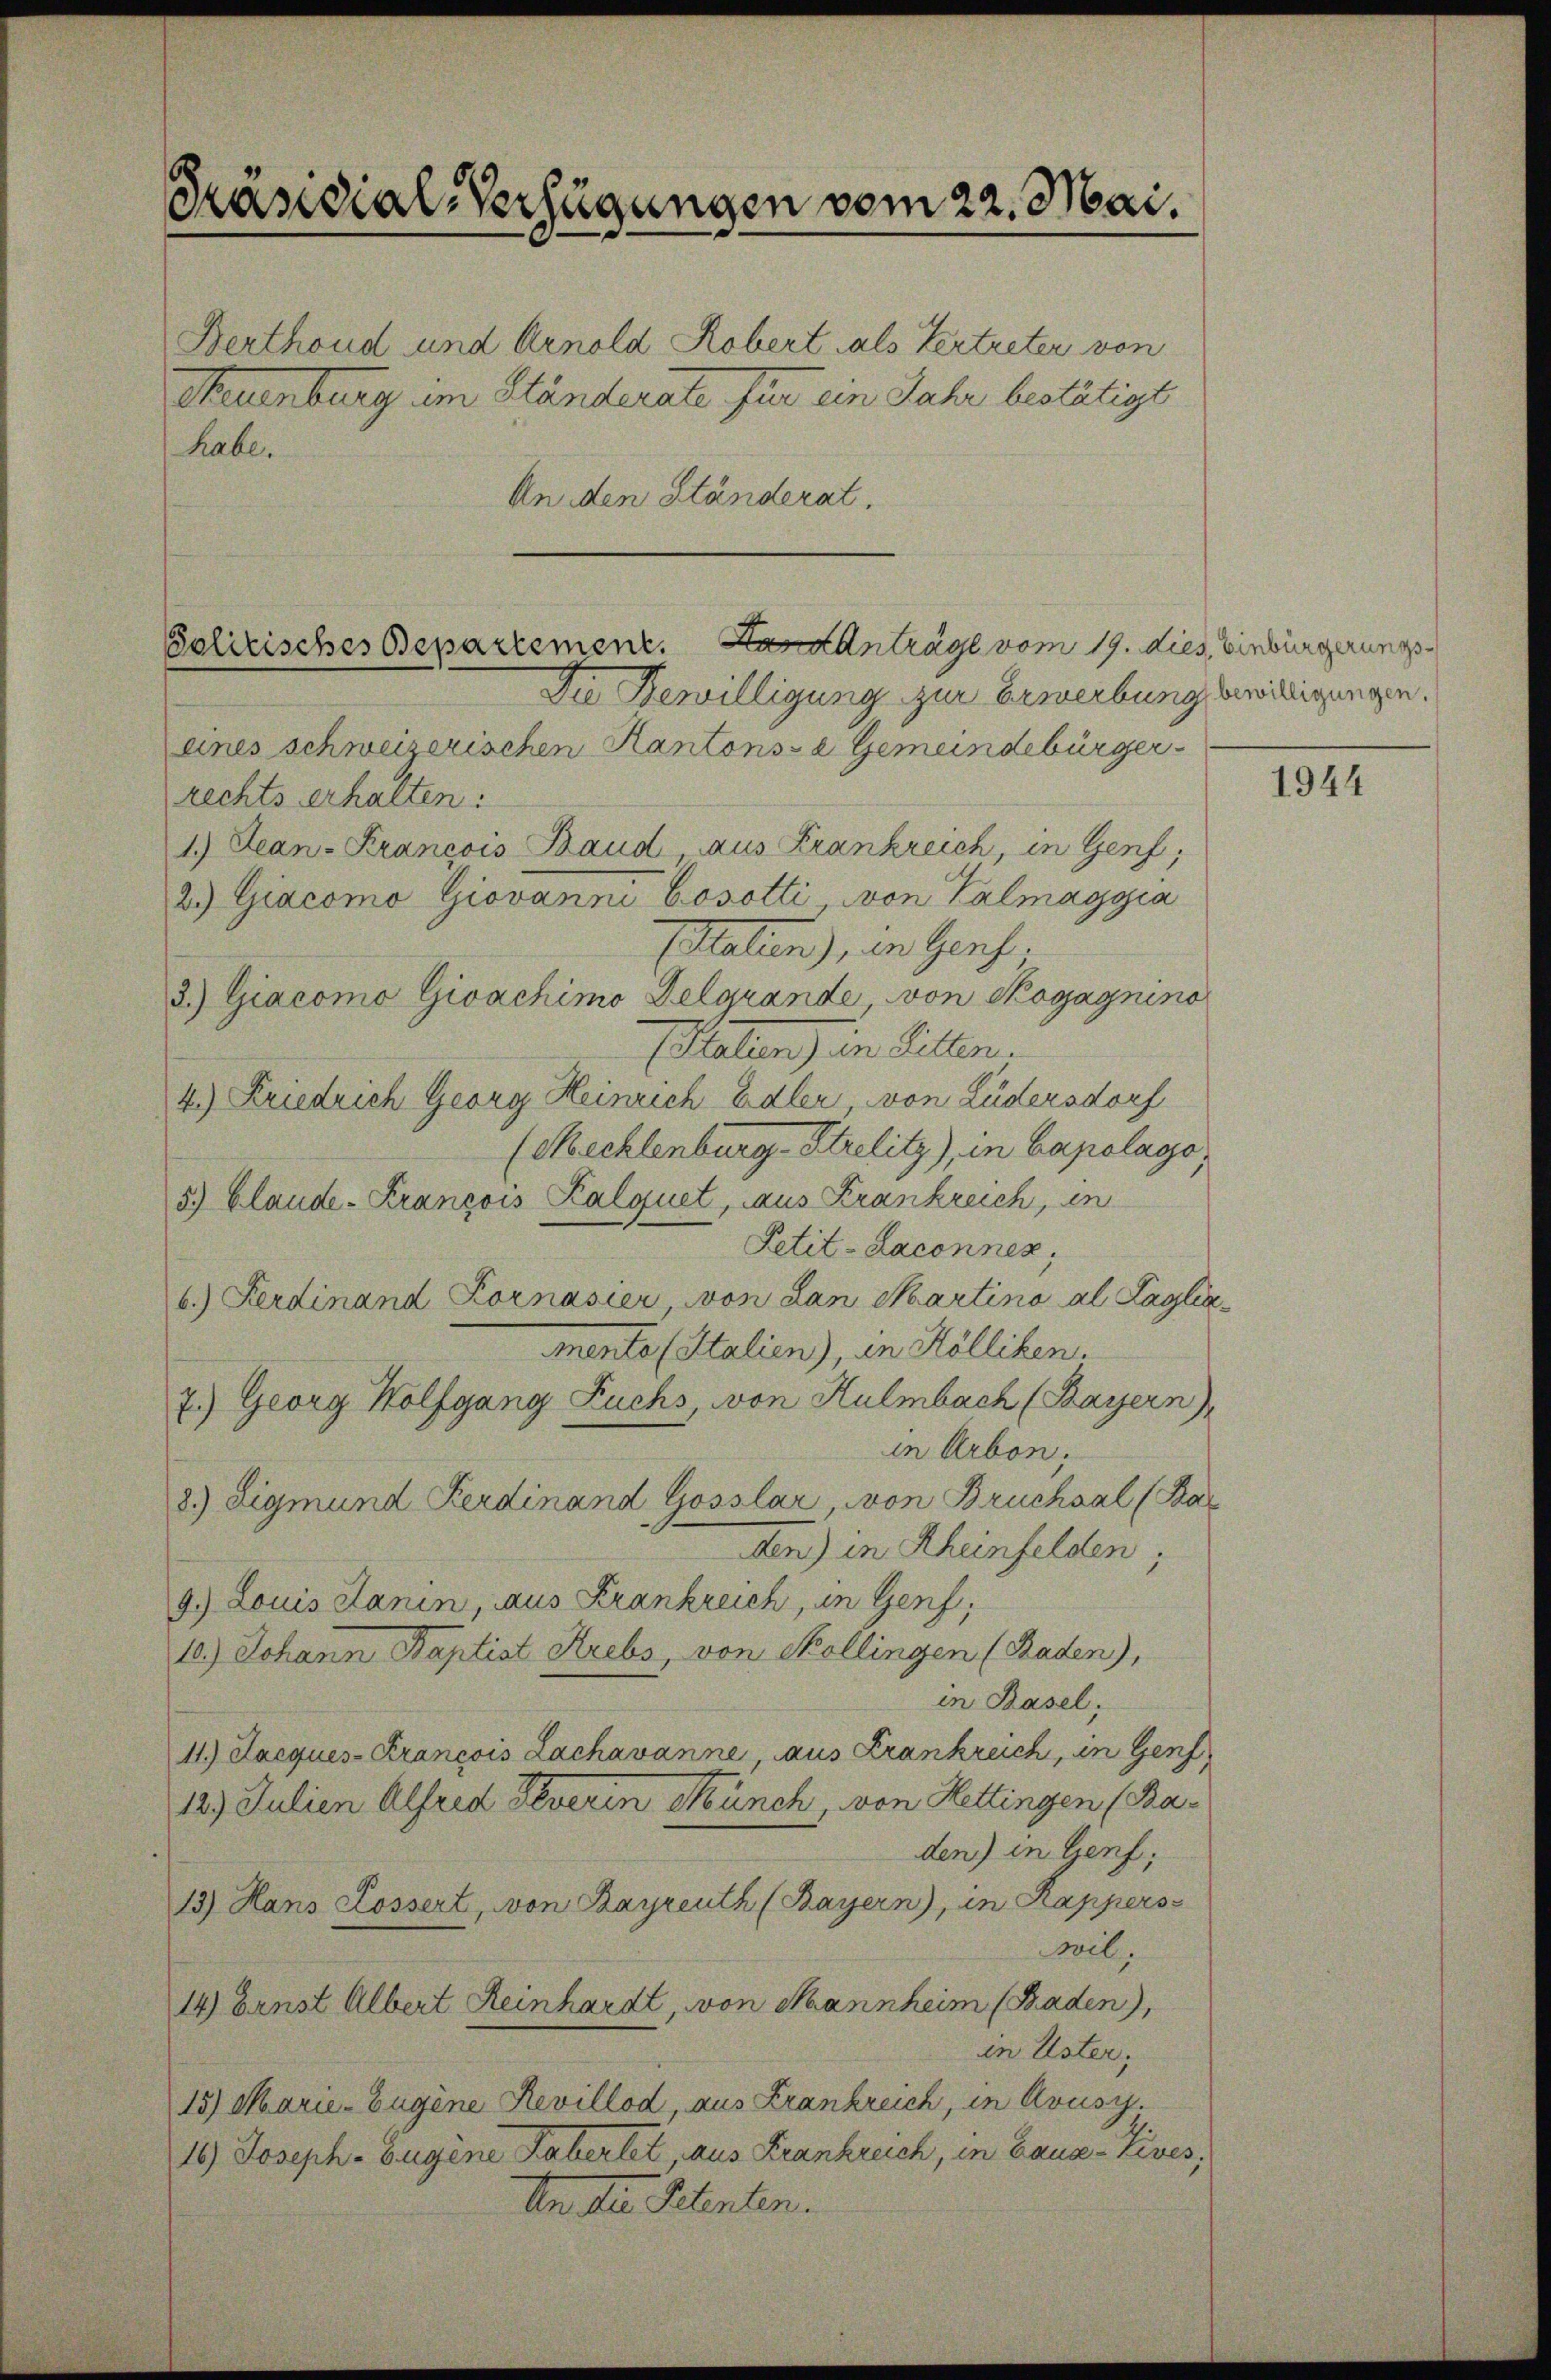
Präsidial-Verfügungen vom 22. Mai.

Berthoud und Arnold Robert als Vertreter von
Neuenburg im Ständerate für ein Jahr bestätigt
habe.
An den Ständerat.

Solirisches Departement. Anträge vom 19. dies, Einbürgerungs¬

Die Bewilligung zur Erwerbungsbewilligungen.
eines schweizerischen Kantons- & Gemeindebürgerrechts erhalten:
1.) Lean-Krancois Band aus Frankreich, in Genf,
2.) Giacomo Giovanni Cosotti von Valmaggia
Italien), der Sprach,
3.) Giacomo Givachimo Delgrande, von Rogagnino
(Italien) in Sitten.
4.) Friedrich Georg Heinrich Edler, von Lüdersdorf
(Mecklenburg - Strelitz), in Capolago,
5.) Claude-Krançois Kalquet, aus Frankreich, in
Petit-Laconnen;
b.) Ferdinand Kornasier, von dan Martino al Lagler
mento (Italien), in Kölliken.
7.) Georg Wolfgang Fuchs, von Hulmbach (Bayern),
in Arbon.
8.) Sigmund Ferdinand Gosslar, von Brucksal (Bar
den) in Rheinfelden;
9.) Louis Sanin, aus Krankreich, in Genf,
10.) Johann Baptist Krebs, von Sollingen (Baden),
in Basel,
11.) Jacques-Francois Lachavanne, aus Krankreich, in Genf
129. Julien Alfred Feverin Münch, von Hettingen (Baden) in Genf,
13) Hans Lossert, von Bayreuth (Bayern), in Kappers
wil,
14) Ernst Albert Heinhardt, von Mannheim (Baden),
in Uster,
15) Marie-Zugène Revillod, aus Krankreich, in Avusy.
16.) Joseph. Eugene Haberlet, aus Krankreich, in Baua-Tives,
Von der Petenten.

1944